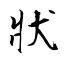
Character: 狀